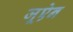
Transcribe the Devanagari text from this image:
जूऐन